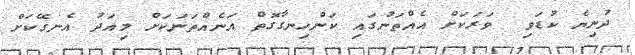
ދުނިޔެ ކުޑަވި  ވަރަކަށް އެއްތަނުގައި ކަންހިނގާގޮތް އަނެއްތަނަކަށް މިއަދު އެނގޭކަށް